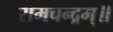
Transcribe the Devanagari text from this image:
रामचन्द्रम्॥